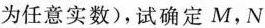
为任意实数)，试确定M，N